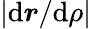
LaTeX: |\mathrm{d}\boldsymbol r/\mathrm{d}\rho|